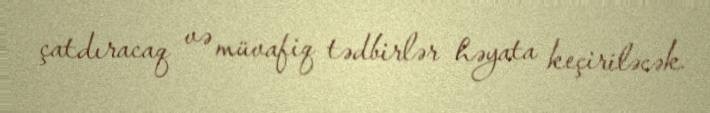
çatdıracaq və müvafiq tədbirlər həyata keçiriləcək.